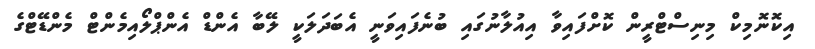
އިކޮނޮމިކް މިނިސްޓްރީން ކޮށްފައިވާ އިއުލާނުގައި ބުނެފައިވަނީ އެބަދަލަކީ ލޭބާ އެންޑް އެންޕްލޯއިމެންޓް މެންޑޭޓްގެ